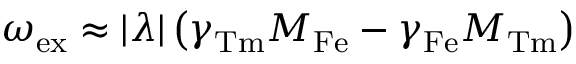
\omega _ { \mathrm { e x } } \approx | { \lambda } | \left( \gamma _ { \mathrm { T m } } M _ { \mathrm { F e } } - \gamma _ { \mathrm { F e } } M _ { \mathrm { T m } } \right)